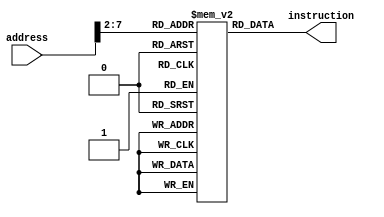
//**********************************************************************************************************
//				module: IM								   *
//**********************************************************************************************************

`timescale 1ns / 1ns

module IM(instruction,address);
input[31:0] address;
output reg [31:0] instruction;
reg[31:0] Imemory[63:0];

integer k;

initial begin
	for(k=0;k<64;k=k+1)begin
		Imemory[k] = 32'b0;
	end

	//You can give your own code block here.
		Imemory[0] = 32'h20110012; //addi $s1, $zero, 18
		Imemory[4] = 32'h20100008; //addi $s0, $zero, 8
		Imemory[8] = 32'h20080002; //addi $t0, $zero, 2
		Imemory[9] = 32'h02114820; //add $t1, $s0, $s1 
		Imemory[10] = 32'h12290005; //beq $s1, $t1, end # no branch
		Imemory[11] = 32'h20110008; // addi s1 0 8
		Imemory[12] = 32'hAE110000;   // sw s1? 0(s0)
		Imemory[13] = 32'h8e110000; //lw $s1, 0($s0)   #need set the DM[2] with data 8 in the Data Mem 
		Imemory[14] = 32'h12110002; //beq $s0, $s1, end # branch end
		Imemory[15] = 32'h02204825; //or $t1, $s1, $zero #check control hazard for branch. no renew for t1 and t2.
		Imemory[16] = 32'h02515020; //add $t2, $s2, $s1
		Imemory[19] = 32'h200a000a; //addi $t2, $0, 10 ?end?
		//Imemory[13] =   32'b00000010101010111011100000100000; 
		//Imemory[14] =   32'b10101100000101010000000000001000; 
		//Imemory[15] =   32'b00001000000000000000000000000110; 
end

always @ (address) 
	begin
		instruction <= Imemory[address[13:2]];
end


endmodule